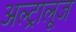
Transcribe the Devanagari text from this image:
अल्ट्रालूज